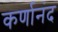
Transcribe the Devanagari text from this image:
कर्णानंद